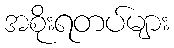
အစိုးရတပ်များ